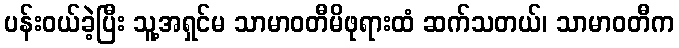
ပန်းဝယ်ခဲ့ပြီး သူ့အရှင်မ သာမာဝတီမိဖုရားထံ ဆက်သတယ်၊ သာမာဝတီက